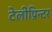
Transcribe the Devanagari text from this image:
टेलीप्रिन्टर